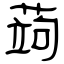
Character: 蒟